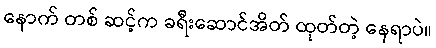
နောက် တစ် ဆင့်က ခရီးဆောင်အိတ် ထုတ်တဲ့ နေရာပဲ။